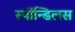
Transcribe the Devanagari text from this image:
स्पॉन्डिलस